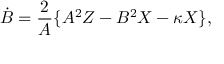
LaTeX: \dot { B } = \frac { 2 } { A } \{ A ^ { 2 } Z - B ^ { 2 } X - \kappa X \} ,